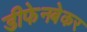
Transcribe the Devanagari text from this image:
डीफेनबेकर